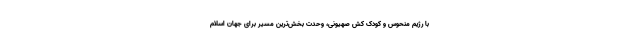
با رژیم منحوس و کودک کش صهیونی، وحدت بخش‌ترین مسیر برای جهان اسلام